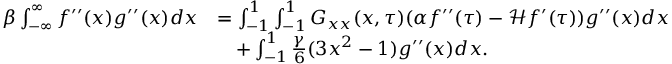
\begin{array} { r l } { \beta \int _ { - \infty } ^ { \infty } f ^ { \prime \prime } ( x ) g ^ { \prime \prime } ( x ) d x } & { = \int _ { - 1 } ^ { 1 } \int _ { - 1 } ^ { 1 } G _ { x x } ( x , \tau ) ( \alpha f ^ { \prime \prime } ( \tau ) - \mathcal H f ^ { \prime } ( \tau ) ) g ^ { \prime \prime } ( x ) d x } \\ & { \quad + \int _ { - 1 } ^ { 1 } \frac { \gamma } { 6 } ( 3 x ^ { 2 } - 1 ) g ^ { \prime \prime } ( x ) d x . } \end{array}